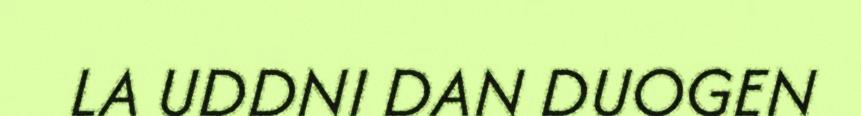
LA UDDNI DAN DUOGEN